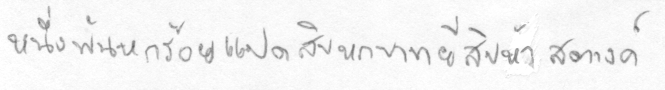
หกพันสามร้อยสี่สิบเอ็ดบาทห้าสิบสตางค์